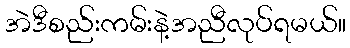
အဲဒီစည်းကမ်းနဲ့အညီလုပ်ရမယ်။